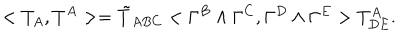
< T _ { A } , T ^ { A } > = { \tilde { T } } _ { A B C } < \Gamma ^ { B } \wedge \Gamma ^ { C } , \Gamma ^ { D } \wedge \Gamma ^ { E } > T _ { D E } ^ { A } .